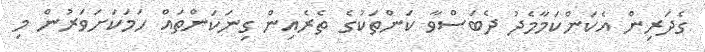
ގެދަރިން އެކަންކަމާމެދު ދެބަސްވާ ކަންތަކުގެ ތެރެއިން ގިނަކަންތައް ހަމަކަށަވަރުން މި